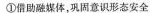
①借助融媒体，巩固意识形态安全